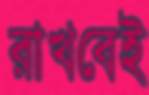
রাখবেই